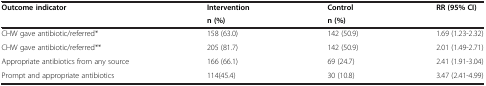
| <ROWSPAN=2> Outcome indicator | Intervention | Control | <ROWSPAN=2> RR (95% CI) |
 | n (%) | n (%) |
 | --- | --- | --- | --- |
 | CHW gave antibiotic/referred* | 158 (63.0) | 142 (50.9) | 1.69 (1.23-2.32) |
 | CHW gave antibiotic/referred** | 205 (81.7) | 142 (50.9) | 2.01 (1.49-2.71) |
 | Appropriate antibiotics from any source | 166 (66.1) | 69 (24.7) | 2.41 (1.91-3.04) |
 | Prompt and appropriate antibiotics | 114(45.4) | 30 (10.8) | 3.47 (2.41-4.99) |